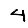
Digit: 4